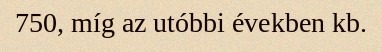
750, míg az utóbbi években kb.